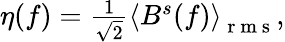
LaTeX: \begin{array}{r}{\eta(f)=\frac{1}{\sqrt{2}}\left<B^{s}(f)\right>_{\mathrm{~r~m~s~}},}\end{array}